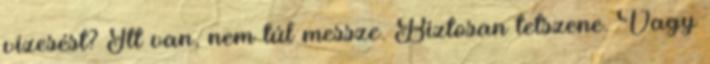
vízesést? Itt van, nem túl messze. Biztosan tetszene. Vagy